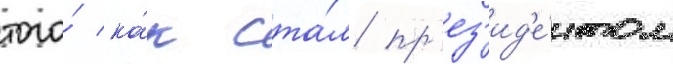
того́ ка́к ста́л пр'ез'ид'е́нтом